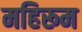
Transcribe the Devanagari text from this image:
महिरूम